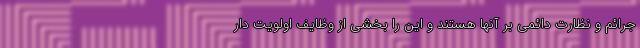
جرائم و نظارت دائمی بر آنها هستند و این را بخشی از وظایف اولویت دار